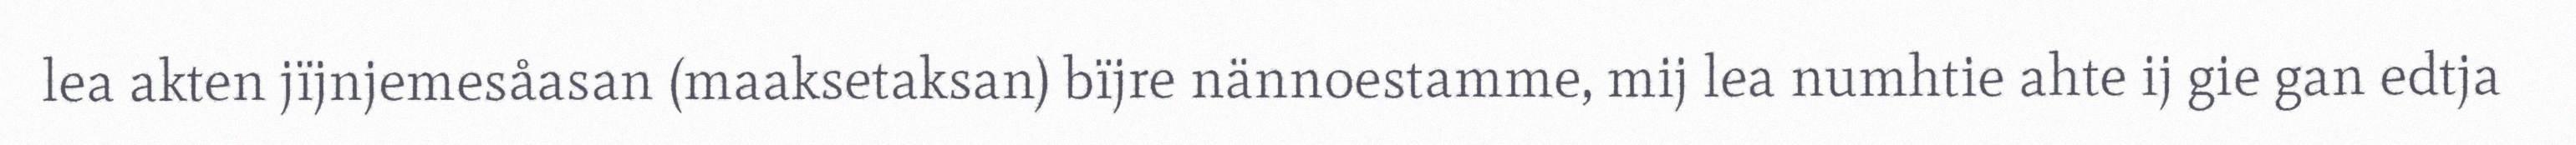
lea akten jïjnjemesåasan (maaksetaksan) bïjre nännoestamme, mij lea numhtie ahte ij gie gan edtja